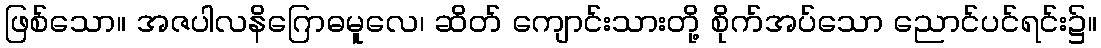
ဖြစ်သော။ အဇပါလနိဂြောဓမူလေ၊ ဆိတ် ကျောင်းသားတို့ စိုက်အပ်သော ညောင်ပင်ရင်း၌။